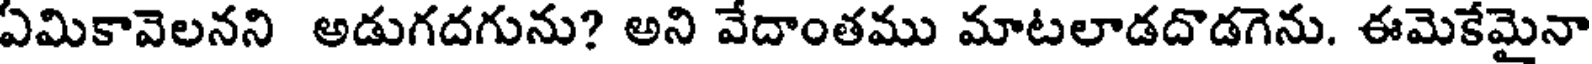
ఏమికావెలనని అడుగదగును? అని వేదాంతము మాటలాడదొడగెను. ఈమెకేమైనా